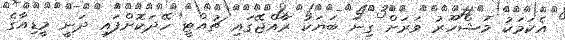
އެކަމަކު މަޝްހޫރު ވަރަށް ގިނަ ބަޔަކު ރާއްޖޭގައި ޗުއްޓީ ހޭދަކޮށްފައި ދަނީ މީޑިއާގެ